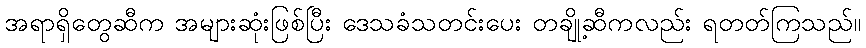
အရာရှိတွေဆီက အများဆုံးဖြစ်ပြီး ဒေသခံသတင်းပေး တချို့ဆီကလည်း ရတတ်ကြသည်။